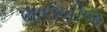
ભાઉબીજ